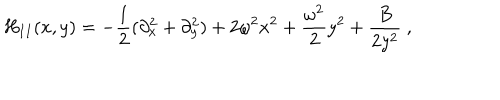
LaTeX: H _ { I I } ( x , y ) = - \frac { 1 } { 2 } ( \partial _ { x } ^ { 2 } + \partial _ { y } ^ { 2 } ) + 2 \omega ^ { 2 } x ^ { 2 } + \frac { \omega ^ { 2 } } { 2 } y ^ { 2 } + \frac { B } { 2 y ^ { 2 } } \ ,